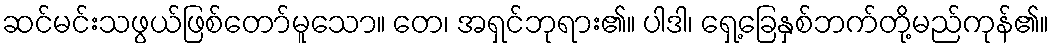
ဆင်မင်းသဖွယ်ဖြစ်တော်မူသော။ တေ၊ အရှင်ဘုရား၏။ ပါဒါ၊ ရှေ့ခြေနှစ်ဘက်တို့မည်ကုန်၏။